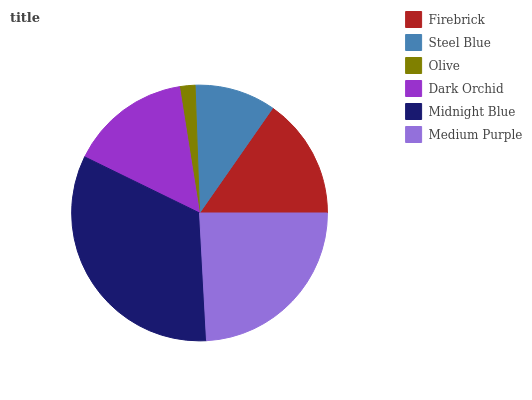
| Firebrick | Steel Blue | Olive | Dark Orchid | Midnight Blue | Medium Purple |
 | --- | --- | --- | --- | --- | --- |
 | 15.3% | 10.2% | 1.94% | 15.3% | 33.1% | 24.2% |